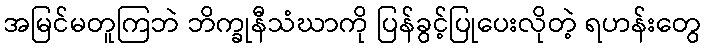
အမြင်မတူကြဘဲ ဘိက္ခုနီသံဃာကို ပြန်ခွင့်ပြုပေးလိုတဲ့ ရဟန်းတွေ